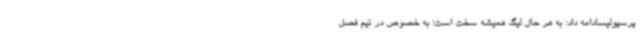
پرسپولیسادامه داد: به هر حال لیگ همیشه سخت است؛ به خصوص در نیم فصل